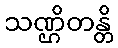
သဏ္ဌိတန္တိ